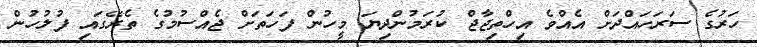
ހަރުގެ ސަރަހައްދަށް އެއްވެ އިހްތިޖާޖް ކުރަމުންދިޔަ މީހުން ފަހަތަށް ޖެއްސުމުގެ ތެރޭގައި ފުލުހުން